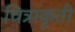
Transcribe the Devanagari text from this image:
चित्राकृती